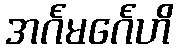
အင်္ဂမင်္ဂေဟိ